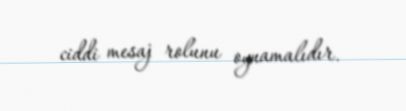
ciddi mesaj rolunu oynamalıdır.